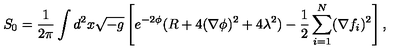
S _ { 0 } = { \frac { 1 } { 2 \pi } } \int d ^ { 2 } x \sqrt { - g } \left[ e ^ { - 2 \phi } ( R + 4 ( \nabla \phi ) ^ { 2 } + 4 \lambda ^ { 2 } ) - { \frac { 1 } { 2 } } \sum _ { i = 1 } ^ { N } ( \nabla f _ { i } ) ^ { 2 } \right] ,